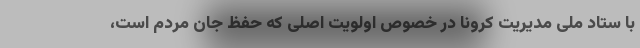
با ستاد ملی مدیریت کرونا در خصوص اولویت اصلی که حفظ جان مردم است،